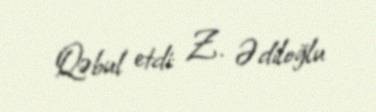
Qəbul etdi: Z. Ədiloğlu